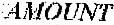
AMOUNT